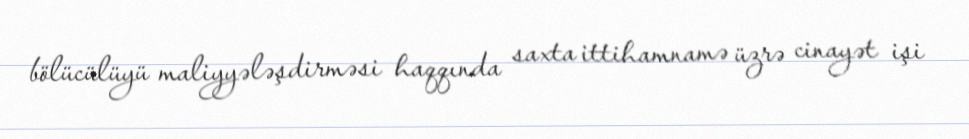
bölücülüyü maliyyələşdirməsi haqqında saxta ittihamnamə üzrə cinayət işi